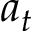
a _ { t }